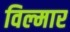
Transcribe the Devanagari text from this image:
विल्मार